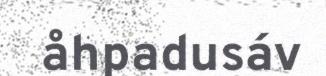
åhpadusáv